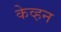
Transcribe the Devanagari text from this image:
केव्हन